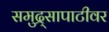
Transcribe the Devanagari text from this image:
समुद्र्सापाटीवर